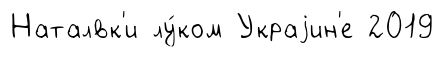
Наталвк'и лу́ком Украjин'е 2019